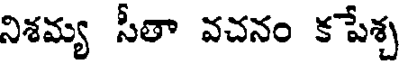
నిశమ్య సీతా వచనం కపేశ్చ